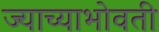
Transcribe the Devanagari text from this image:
ज्याच्याभोवती